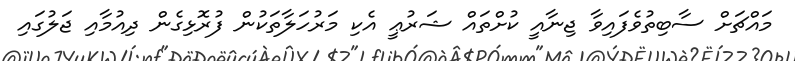
މައްޗަށް ސާބިތުވެފައިވާ ޖިނާއީ ކުށްތައް ޝަރުޢީ އެކި މަރުހަލާތަކުން ފުރޮޅިގެން ދިއުމާއި ޖަލުގައި